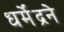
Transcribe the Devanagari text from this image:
धर्मेंद्रने